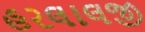
હરલાલજી